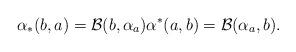
LaTeX: \begin{align*} \alpha_*(b,a)=\mathcal{B}(b,\alpha_a) \alpha^*(a,b)=\mathcal{B}(\alpha_a,b).\end{align*}